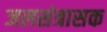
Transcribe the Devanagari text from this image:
जलसंत्रासक